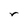
Character: r